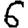
Digit: 6